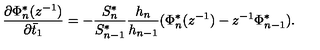
\frac { \partial \Phi _ { n } ^ { * } ( z ^ { - 1 } ) } { \partial \bar { t } _ { 1 } } = - \frac { S _ { n } ^ { * } } { S _ { n - 1 } ^ { * } } \frac { h _ { n } } { h _ { n - 1 } } ( \Phi _ { n } ^ { * } ( z ^ { - 1 } ) - z ^ { - 1 } \Phi _ { n - 1 } ^ { * } ) .